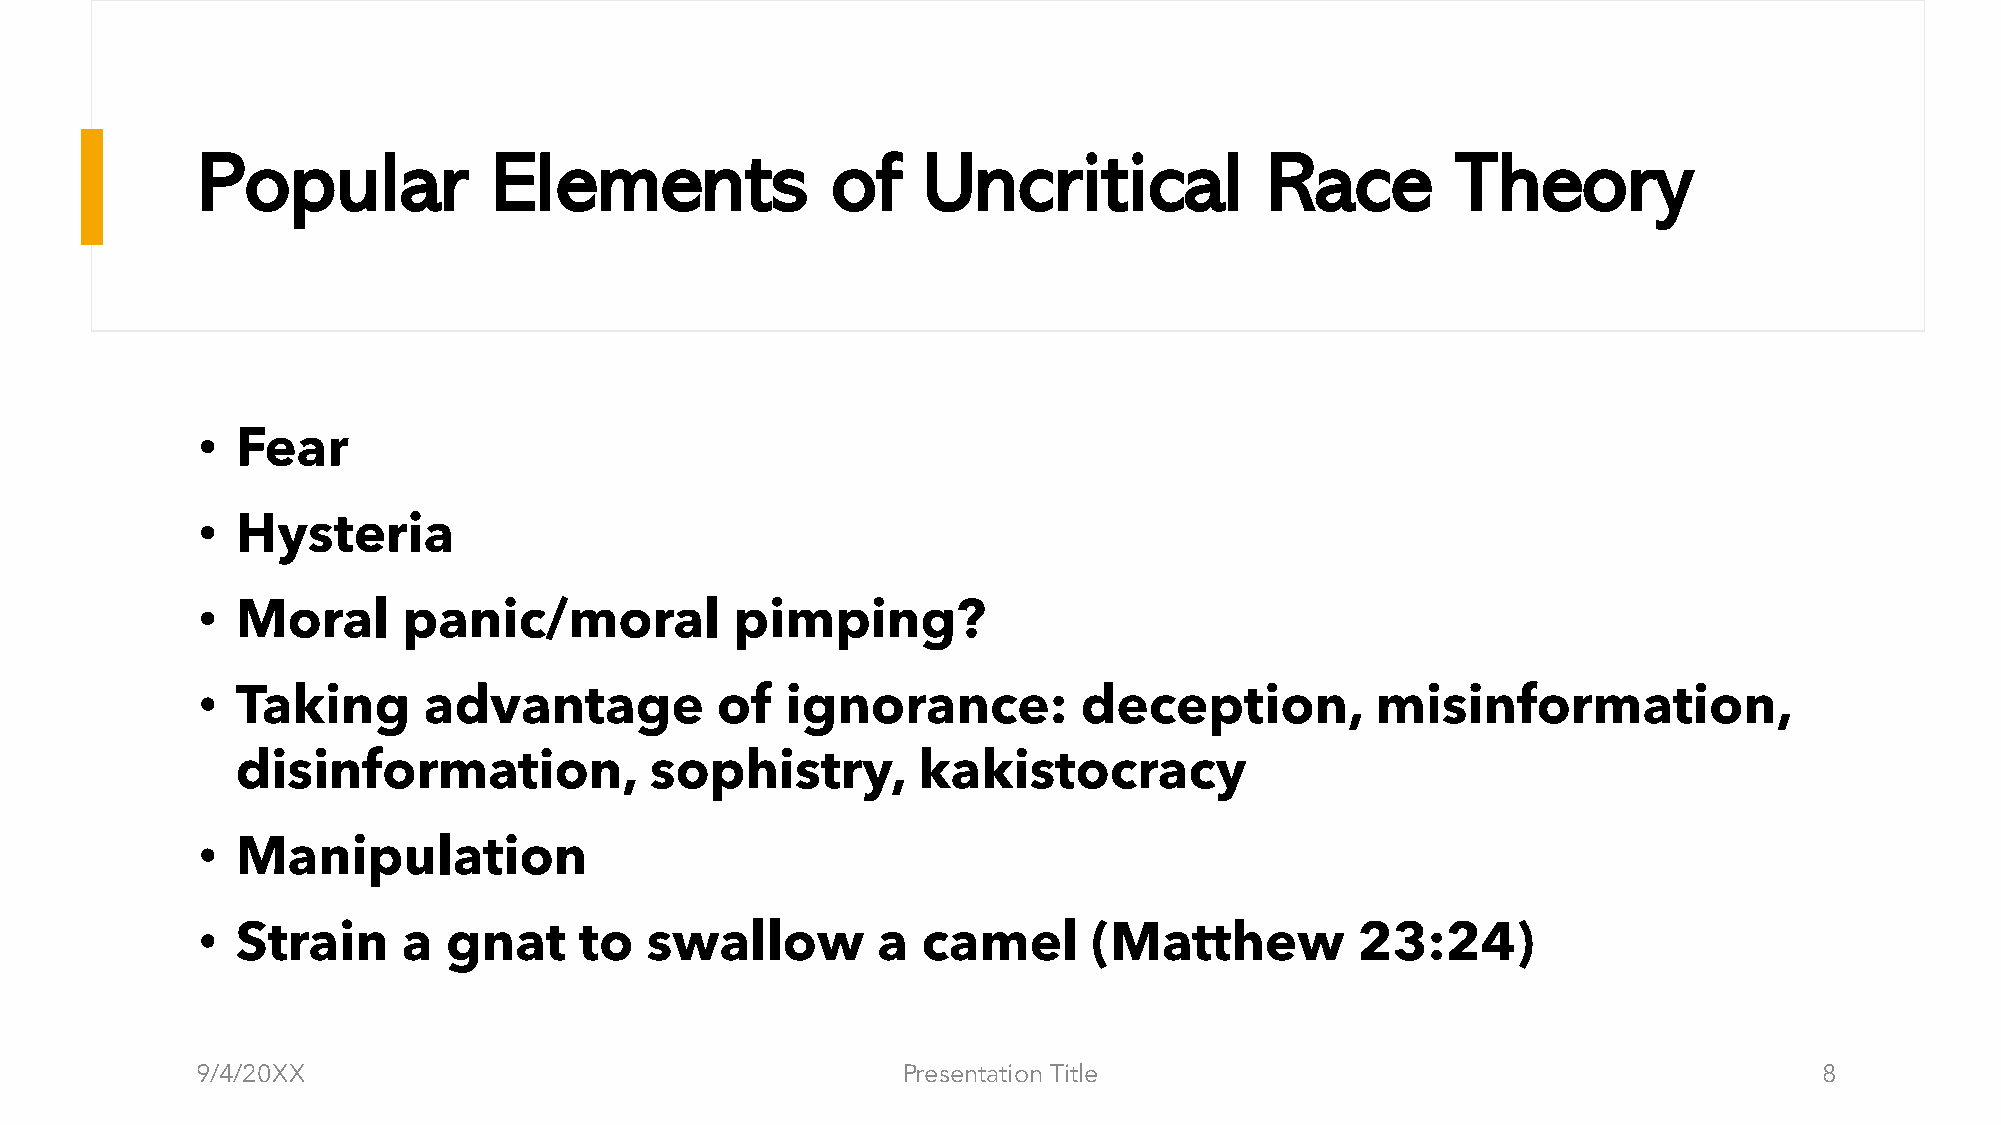
Popular             Elements              of    Uncritical             Race        Theory
 •  Fear
 •  Hysteria
 •  Moral      panic/moral           pimping?
 •  Taking      advantage          of   ignorance:          deception,         misinformation,
 disinformation,            sophistry,        kakistocracy
 •  Manipulation
 •  Strain     a  gnat    to   swallow        a  camel      (Matthew          23:24)
 9/4/20XX                                       Presentation Title                                           8